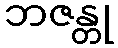
ဘဇန္တု